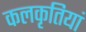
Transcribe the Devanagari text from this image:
कलकृतियां